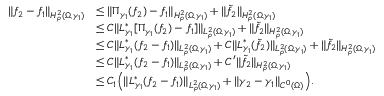
\begin{array} { r l } { \| f _ { 2 } - f _ { 1 } \| _ { H _ { \rho } ^ { 2 } ( \Omega , \gamma _ { 1 } ) } } & { \leq \| \Pi _ { \gamma _ { 1 } } ( f _ { 2 } ) - f _ { 1 } \| _ { H _ { \rho } ^ { 2 } ( \Omega , \gamma _ { 1 } ) } + \| \widetilde f _ { 2 } \| _ { H _ { \rho } ^ { 2 } ( \Omega , \gamma _ { 1 } ) } } \\ & { \leq C \| L _ { \gamma _ { 1 } } ^ { * } [ \Pi _ { \gamma _ { 1 } } ( f _ { 2 } ) - f _ { 1 } ] \| _ { L _ { \rho } ^ { 2 } ( \Omega , \gamma _ { 1 } ) } + \| \widetilde f _ { 2 } \| _ { H _ { \rho } ^ { 2 } ( \Omega , \gamma _ { 1 } ) } } \\ & { \leq C \| L _ { \gamma _ { 1 } } ^ { * } ( f _ { 2 } - f _ { 1 } ) \| _ { L _ { \rho } ^ { 2 } ( \Omega , \gamma _ { 1 } ) } + C \| L _ { \gamma _ { 1 } } ^ { * } ( \widetilde f _ { 2 } ) \| _ { L _ { \rho } ^ { 2 } ( \Omega , \gamma _ { 1 } ) } + \| \widetilde f _ { 2 } \| _ { H _ { \rho } ^ { 2 } ( \Omega , \gamma _ { 1 } ) } } \\ & { \leq C \| L _ { \gamma _ { 1 } } ^ { * } ( f _ { 2 } - f _ { 1 } ) \| _ { L _ { \rho } ^ { 2 } ( \Omega , \gamma _ { 1 } ) } + C ^ { \prime } \| \widetilde f _ { 2 } \| _ { H _ { \rho } ^ { 2 } ( \Omega , \gamma _ { 1 } ) } } \\ & { \leq C _ { 1 } \Big ( \| L _ { \gamma _ { 1 } } ^ { * } ( f _ { 2 } - f _ { 1 } ) \| _ { L _ { \rho } ^ { 2 } ( \Omega , \gamma _ { 1 } ) } + \| \gamma _ { 2 } - \gamma _ { 1 } \| _ { C ^ { 0 } ( \Omega ) } \Big ) . } \end{array}